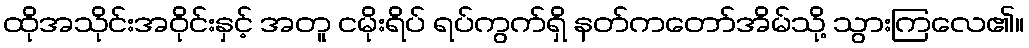
ထိုအသိုင်းအဝိုင်းနှင့် အတူ ငမိုးရိပ် ရပ်ကွက်ရှိ နတ်ကတော်အိမ်သို့ သွားကြလေ၏။